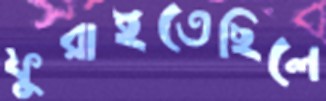
ফুরাইতেছিলে